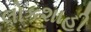
લોકશાહી